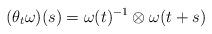
LaTeX: \begin{align*}(\theta_t \omega)(s) = \omega(t)^{-1} \otimes \omega(t+s)\end{align*}